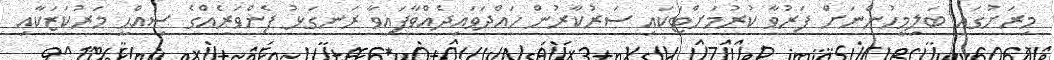
މިރަށުގައި ބަލިމީހުންނަށް ފަރުވާ ކުރުމަށްޓަކައި ސަރުކާރުން ހައްދަވައިދެއްވާފައިވާ ރަނގަޅު ފެންވަރެއްގެ ސިއްޙީ މަރުކަޒަކާއި